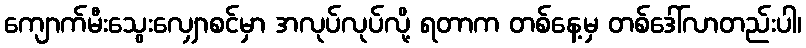
ကျောက်မီးသွေးလျှောစင်မှာ အလုပ်လုပ်လို့ ရတာက တစ်နေ့မှ တစ်ဒေါ်လာတည်းပါ၊